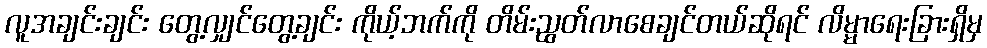
လူအချင်းချင်း တွေ့လျှင်တွေ့ချင်း ကိုယ့်ဘက်ကို တိမ်းညွတ်လာစေချင်တယ်ဆိုရင် လိမ္မာရေးခြားရှိမှ